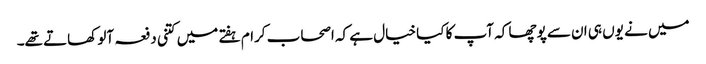
میں نے یوں ہی ان سے پوچھا کہ آپ کا کیا خیال ہے کہ اصحاب کرام ہفتے میں کتنی دفعہ آلو کھاتے تھے۔